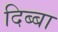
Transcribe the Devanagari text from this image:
दिब्बा